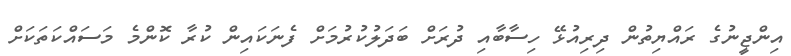
އިންޖީނުގެ ރައްޔިތުން ދިރިއުޅޭ ހިސާބާއި ދުރަށް ބަދަލުކުރުމަށް ފެނަކައިން ކުރާ ކޮންމެ މަސައްކަތަކަށް